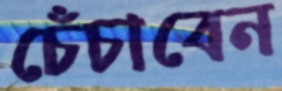
চেঁচাবেন